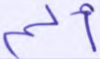
ألم